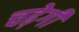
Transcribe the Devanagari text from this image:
चढ़ेगी